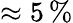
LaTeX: \approx 5\, \%